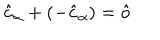
\hat { c } _ { \alpha } + ( - \hat { c } _ { \alpha } ) = \hat { o }